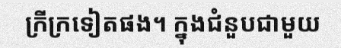
ក្រីក្រទៀតផង។ ក្នុងជំនួបជាមួយ